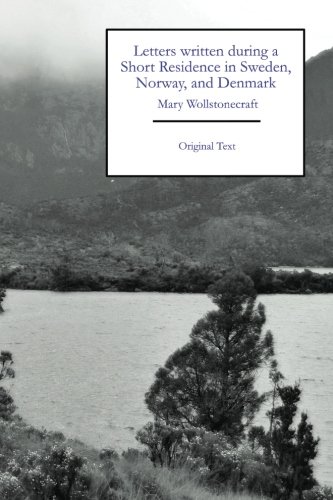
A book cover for Letters written during a Short Residence in Sweden, Norway, and Denmark (Original Text Editions); Mary Wollstonecraft; Biographies & Memoirs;